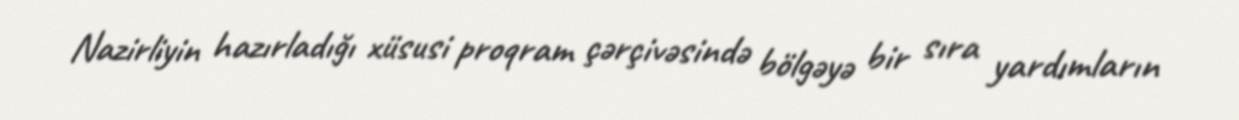
Nazirliyin hazırladığı xüsusi proqram çərçivəsində bölgəyə bir sıra yardımların